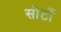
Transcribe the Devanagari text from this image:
सोर्टो